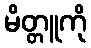
မိတ္တူကို